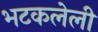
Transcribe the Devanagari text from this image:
भटकलेली